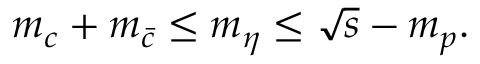
m _ { c } + m _ { \bar { c } } \leq m _ { \eta } \leq \sqrt { s } - m _ { p } .